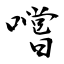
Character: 嚐